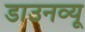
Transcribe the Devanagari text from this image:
डाउनव्यू